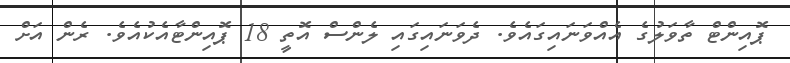
ޕޮއިންޓް ތާވަލުގެ އެއްވަނައިގައެވެ. ދެވަނައިގައި ލެންސް އޮތީ 18 ޕޮއިންޓާއެކުއެވެ. ރެން އަށް